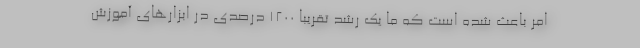
امر باعث شده است که ما یک رشد تقریباً ۱۲۰۰ درصدی در ابزارهای آموزش